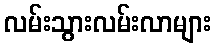
လမ်းသွားလမ်းလာများ